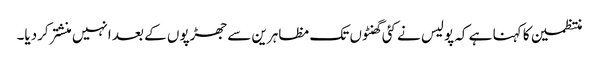
منتظمین کا کہنا ہے کہ پولیس نے کئی گھنٹوں تک مظاہرین سے جھڑپوں کے بعد انہیں منشتر کردیا۔